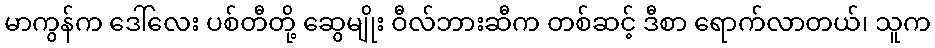
မာကွန်က ဒေါ်လေး ပစ်တီတို့ ဆွေမျိုး ဝီလ်ဘားဆီက တစ်ဆင့် ဒီစာ ရောက်လာတယ်၊ သူက